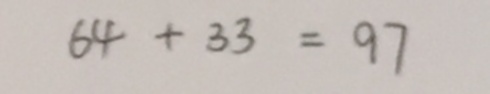
6 4 + 3 3 = 9 7